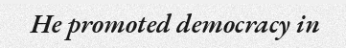
He promoted democracy in